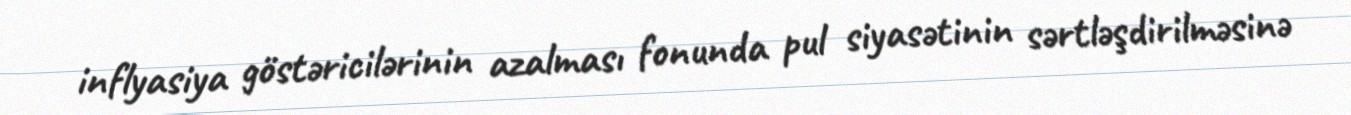
inflyasiya göstəricilərinin azalması fonunda pul siyasətinin sərtləşdirilməsinə